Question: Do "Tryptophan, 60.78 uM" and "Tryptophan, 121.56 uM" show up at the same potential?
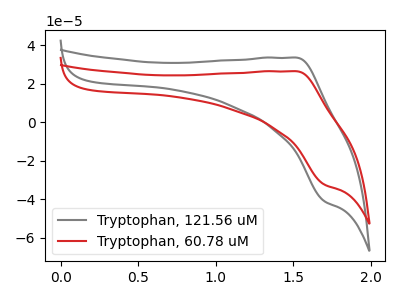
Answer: <think>The gray curve "Tryptophan, 121.56 uM" has an anodic peak at (1.50V, 33.60uA) and a cathodic peak at (1.70V, -40.95uA). The red curve "Tryptophan, 60.78 uM" has an anodic peak at (1.50V, 26.50uA) and a cathodic peak at (1.70V, -32.30uA).
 All the peaks in "Tryptophan, 60.78 uM" have a peak in "Tryptophan, 121.56 uM" at the same potential. Every peak in "Tryptophan, 60.78 uM" is lower than every peak in "Tryptophan, 121.56 uM".</think>
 <answer>"Tryptophan, 60.78 uM" and "Tryptophan, 121.56 uM" are similar in shape.</answer>
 <eval>same_shape</eval>